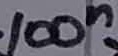
Text: 100n